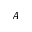
A